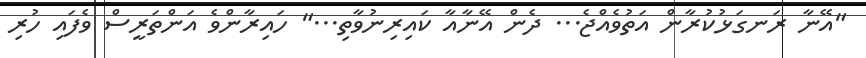
"އޭނާ ރަނގަޅުކުރާން އަތުވެއްޖެ... ދެން އޭނާއާ ކައިރިނުވާތި..." ހައިރާންވެ އަންތަރީސް ވެފައި ހުރި